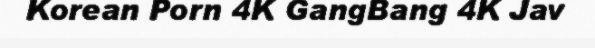
Korean Porn 4K GangBang 4K Jav